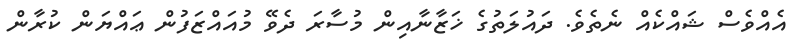
އެއްވެސް ޝައްކެއް ނެތެވެ. ދައުލަތުގެ ޚަޒާނާއިން މުސާރަ ދެވޭ މުއައްޒަފުން ޢައްޔަން ކުރާން